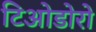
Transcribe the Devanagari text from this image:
टिओडोरो